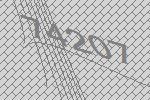
74207